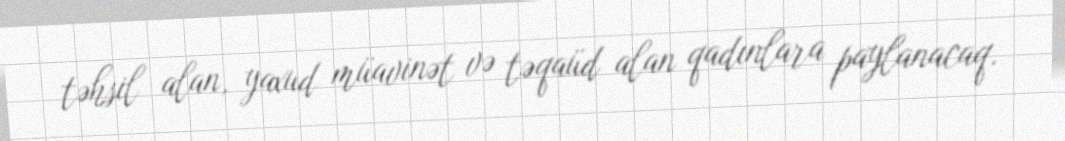
təhsil alan, yaxud müavinət və təqaüd alan qadınlara paylanacaq.